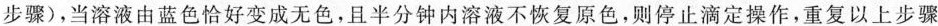
步骤)，当溶液由蓝色恰好变成无色，且半分钟内溶液不恢复原色，则停止滴定操作，重复以上步骤